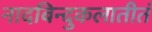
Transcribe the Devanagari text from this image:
नादबिन्दुकलातीतं